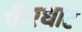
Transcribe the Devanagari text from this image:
पीरधाट